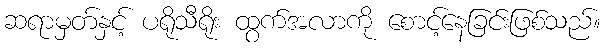
ဆရာမှတ်နှင့် ပရိုသီရိုး ထွက်အလာကို စောင့်နေခြင်းဖြစ်သည်။